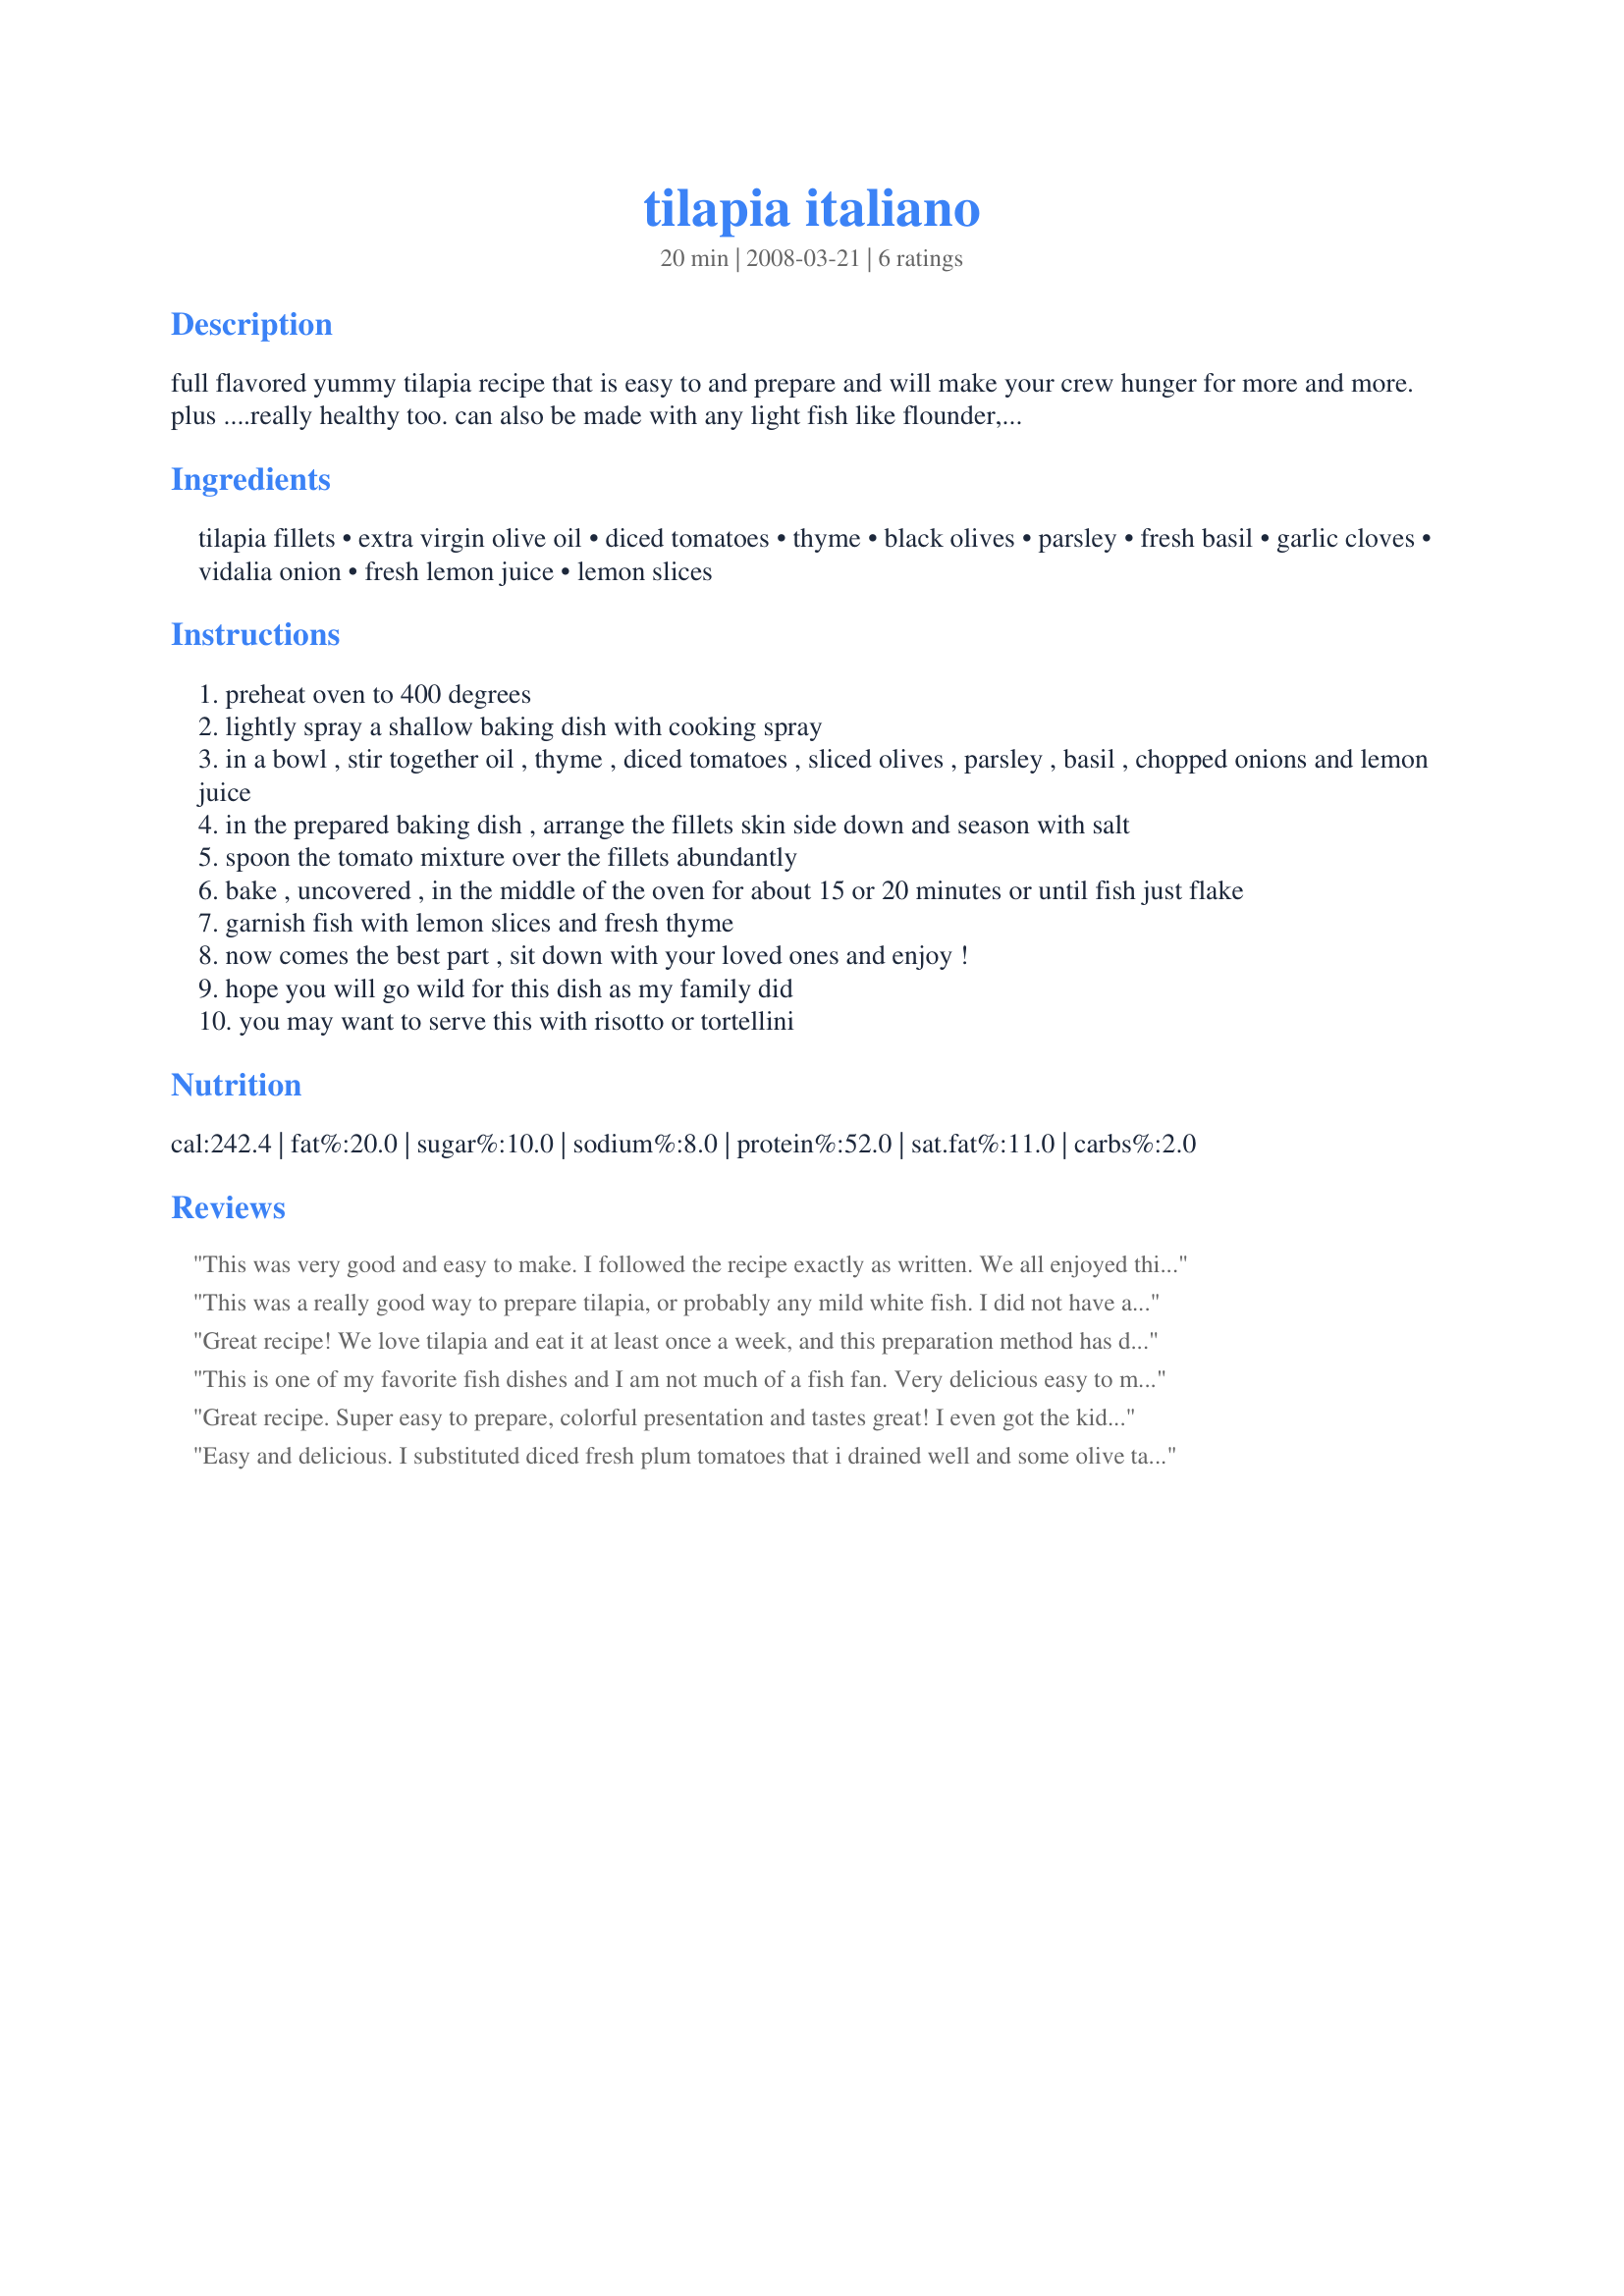
tilapia italiano
Preparation time: 20 minutes

full flavored yummy tilapia recipe that is easy to and prepare and will make your crew hunger for more and more. plus ....really healthy too.

can also be made with any light fish like flounder, catfish or fillet of sole etc. etc

manga !!! manga !! .

Ingredients:
tilapia fillets, extra virgin olive oil, diced tomatoes, thyme, black olives, parsley, fresh basil, garlic cloves, vidalia onion, fresh lemon juice, lemon slices

Steps:
preheat oven to 400 degrees
lightly spray a shallow baking dish with cooking spray
in a bowl , stir together oil , thyme , diced tomatoes , sliced olives , parsley , basil , chopped onions and lemon juice
in the prepared baking dish , arrange the fillets skin side down and season with salt
spoon the tomato mixture over the fillets abundantly
bake , uncovered , in the middle of the oven for about 15 or 20 minutes or until fish just flake
garnish fish with lemon slices and fresh thyme
now comes the best part , sit down with your loved ones and enjoy !
hope you will go wild for this dish as my family did
you may want to serve this with risotto or tortellini

Reviews:
This was very good and easy to make. I followed the recipe exactly as written. We all enjoyed this. Made for Fall PAC 2008.
This was a really good way to prepare tilapia, or probably any mild white fish. I did not have any black olives, otherwise I followed the recipe and it was fantasitc! Next tiime I will try it with the black olives. My DH said "put this recipe in your "repeat" file" so I will certainly be making it again! Thanks for sharing this great way to make tilapiia!
Great recipe! We love tilapia and eat it at least once a week, and this preparation method has definitely made it into our rotation!
This is one of my favorite fish dishes and I am not much of a fish fan.

Very delicious easy to make, health, Scrumdilicious. 

What more could a gal want
Great recipe. Super easy to prepare, colorful presentation and tastes great! I even got the kids to try some, which is amazing since they don't eat fish. I highly recommend this dish.
Easy and delicious. I substituted diced fresh plum tomatoes that i drained well and some olive tapanade because that's what I had on hand, but i doubt it changed the nature of the dish that much. Served with basmati rice and sweet peas for a fast and very enjoyable weekday dinner. Great recipe!
